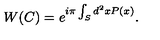
W ( C ) = e ^ { i \pi \int _ { S } d ^ { 2 } x P ( x ) } .